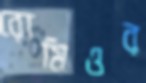
রোমিওর